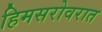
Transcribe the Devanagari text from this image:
हिमसरोवरात